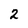
Character: 2